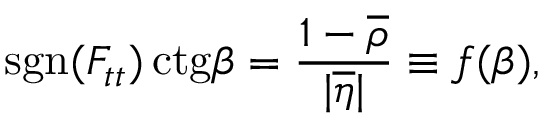
\mathrm { s g n } ( F _ { t t } ) \, \mathrm { c t g } \beta = \frac { 1 - \overline { { { \rho } } } } { | \overline { { { \eta } } } | } \equiv f ( \beta ) ,